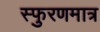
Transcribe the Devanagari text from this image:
स्फुरणमात्र